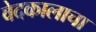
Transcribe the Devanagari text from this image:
वेदकालाचा